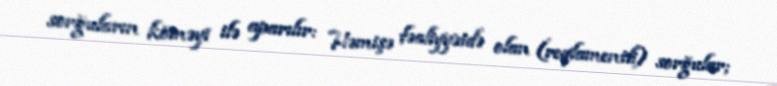
sorğuların köməyi ilə aparılır: Həmişə fəaliyyətdə olan (reqlamentli) sorğular;